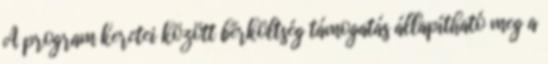
A program keretei között bérköltség támogatás állapítható meg a